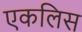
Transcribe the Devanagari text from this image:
एकलिस